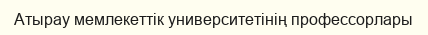
Атырау мемлекеттік университетінің профессорлары